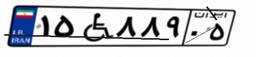
۱۵W۸۸۹۰۵